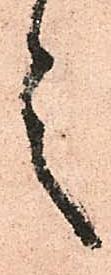
言